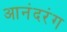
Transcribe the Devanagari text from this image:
आनंदरंग